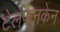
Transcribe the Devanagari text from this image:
टेलेफनकेन